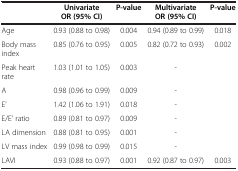
<table><thead><tr><td><b> </b></td><td><b>Univariate OR (95% CI)</b></td><td><b>P-value</b></td><td><b>Multivariate OR (95% CI)</b></td><td><b>P-value</b></td></tr></thead><tbody><tr><td>Age</td><td>0.93 (0.88 to 0.98)</td><td>0.004</td><td>0.94 (0.89 to 0.99)</td><td>0.018</td></tr><tr><td>Body mass index</td><td>0.85 (0.76 to 0.95)</td><td>0.005</td><td>0.82 (0.72 to 0.93)</td><td>0.002</td></tr><tr><td>Peak heart rate</td><td>1.03 (1.01 to 1.05)</td><td>0.003</td><td>-</td><td> </td></tr><tr><td>A</td><td>0.98 (0.96 to 0.99)</td><td>0.009</td><td>-</td><td> </td></tr><tr><td>E’</td><td>1.42 (1.06 to 1.91)</td><td>0.018</td><td>-</td><td> </td></tr><tr><td>E/E’ ratio</td><td>0.89 (0.81 to 0.97)</td><td>0.009</td><td>-</td><td> </td></tr><tr><td>LA dimension</td><td>0.88 (0.81 to 0.95)</td><td>0.001</td><td>-</td><td> </td></tr><tr><td>LV mass index</td><td>0.99 (0.98 to 0.99)</td><td>0.015</td><td>-</td><td> </td></tr><tr><td>LAVI</td><td>0.93 (0.88 to 0.97)</td><td>0.001</td><td>0.92 (0.87 to 0.97)</td><td>0.003</td></tr></tbody></table>